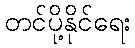
တင်ပို့နိုင်ရေး